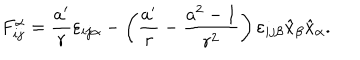
F _ { i j } ^ { \alpha } = \frac { a ^ { \prime } } { r } \varepsilon _ { i j \alpha } - \left( \frac { a ^ { \prime } } { r } - \frac { a ^ { 2 } - 1 } { r ^ { 2 } } \right) \varepsilon _ { i j \beta } \hat { x } _ { \beta } \hat { x } _ { \alpha } .